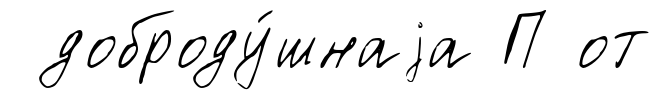
доброду́шнаjа П от